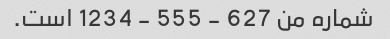
شماره من 627 - 555 - 1234 است.